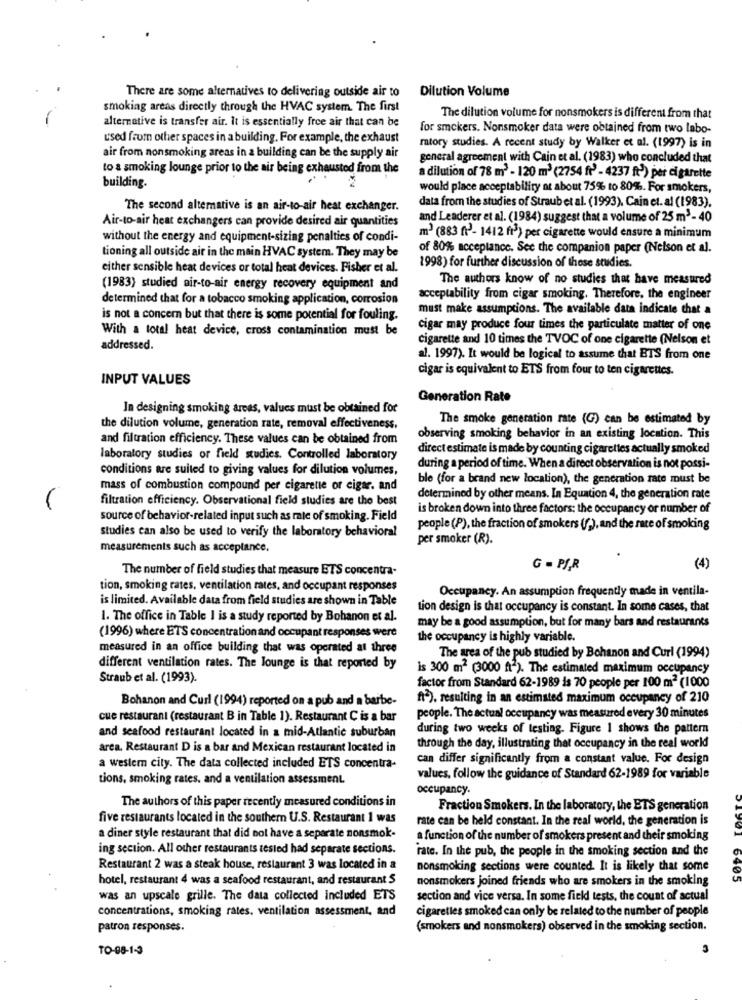
There are some alternatives to delivering outside air to
Dilution Volume
smoking areas directly through the HVAC system. The first
alternative is transfer air. It is essentially free air that can be
The dilution volume for nonsmokers is different from that
for smokers. Nonsmoker data were obtained from two labo-
used from other spaces in a building. For example, the exhaust
matory studies. A recent study by Walker et al. (1997) is in
air from nonsmoking areas in a building can be the supply air
general agreement with Cain et al. (1983) who concluded that
to a smoking lounge prior to the air being exhausted from the
building.
a dilution of 78 m3 - 120 m3 (2754 fr' - 4237 ft) per cigarette
would place acceptability at about 75% to 80%. For smokers,
data from the studies of Straub et al. (1993), Cain et. al (1983).
The second alternative is an air-to-air heat exchanger.
Air-to-air heat exchangers can provide desired air quantities
and Leaderer et al. (1984) suggest that a volume of 25 m3 - 40
without the energy and equipment-sizing penalties of condi-
m2 (883 ft)- 1412 fr3) per cigarette would ensure a minimum
of 80% acceptance. See the companion paper (Nelson et al.
tioning all outside air in the main HVAC system. They may be
either sensible heat devices or total heat devices. Fisher et al.
1998) for further discussion of those studies.
The authors know of no studies that have measured
(1983) studied air-to-air energy recovery equipment and
determined that for a tobacco smoking application, corrosion
acceptability from cigar smoking. Therefore, the engineer
must make assumptions. The available data indicate that a
is not a concern but that there is some potential for fouling.
With a total heat device, cross contamination must be
cigar may produce four times the particulate matter of one
cigarette and 10 times the TVOC of one cigarette (Nelson et
addressed.
al. 1997). It would be logical to assume that BTS from one
cigar is equivalent to ETS from four to ten cigarettes.
INPUT VALUES
Generation Rate
In designing smoking areas, values must be obtained for
The smoke generation rate (G) can be estimated by
the dilution volume, generation rate, removal effectiveness,
and filtration efficiency. These values can be obtained from
observing smoking behavior in an existing location. This
direct estimate is made by counting cigarettes actually smoked
laboratory studies or field studies. Controlled laboratory
conditions are suited to giving values for dilution volumes,
during a period of time. When a direct observation is not possi-
ble (for a brand new location), the generation rate must be
mass of combustion compound per cigarette or cigar. and
filtration efficiency. Observational field studies are the best
determined by other means. In Equation 4, the generation rate
is broken down into three factors: the occupancy or number of
source of behavior-related input such as mate of smoking. Field
studies can also be used to verify the laboratory behavioral
people (P), the fraction of smokers (f;), and the rate of smoking
per smoker (R).
measurements such as acceptance.
The number of field studies that measure ETS concentra-
G = PJ.R
(4)
tion, smoking rates, ventilation rates, and occupant responses
Occupancy. An assumption frequently made in ventila-
is limited. Available data from field studies are shown in Table
tion design is that occupancy is constant. In some cases, that
1. The office in Table I is a study reported by Bohanon et al.
may be a good assumption, but for many bars and restaurants
(1996) where ETS concentration and occupant responses were
the occupancy is highly variable.
measured in an office building that was operated at three
The area of the pub studied by Bohanon and Curl (1994)
different ventilation rates. The lounge is that reported by
is 300 m2 (3000 ft2). The estimated maximum occupancy
Straub et al. (1993).
factor from Standard 62-1989 is 70 people per 100 m2 (1000
Bohanon and Curl (1994) reported on a pub and a barbe-
ft2), resulting in an estimated maximum occupancy of 210
cue restaurant (restaurant B in Table 1). Restaurant C is a bar
people. The actual occupancy was measured every 30 minutes
and seafood restaurant located in a mid-Atlantic suburban
during two weeks of testing. Figure 1 shows the pattern
area. Restaurant D is a bar and Mexican restaurant located in
through the day, illustrating that occupancy in the real world
can differ significantly from a constant value. For design
a westem city. The data collected included ETS concentra-
tions, smoking rates, and a ventilation assessment.
values, follow the guidance of Standard 62-1989 for variable
occupancy.
The authors of this paper recently measured conditions in
Fraction Smokers. In the laboratory, the ETS generation
five restaurants located in the southern U.S. Restaurant 1 was
rate can be held constant. In the real world, the generation is
a diner style restaurant that did not have a separate nonsmok-
a function of the number of smokers present and their smoking
ing section. All other restaurants tested had separate sections.
rate. In the pub, the people in the smoking section and the
Restaurant 2 was a steak house, restaurant 3 was located in a
nonsmoking sections were counted. It is likely that some
hotel, restaurant 4 was a seafood restaurant, and restaurant S
nonsmokers joined friends who are smokers in the smoking
6465
was an upscale grille. The data collected included ETS
section and vice versa. In some field tests, the count of actual
concentrations, smoking rates, ventilation assessment, and
cigaretles smoked can only be related to the number of people
patron responses.
(smokers and nonsmokers) observed in the smoking section.
TO-08-1-3